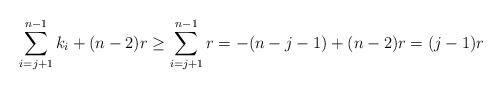
LaTeX: \begin{align*}\sum\limits_{i =j+1}^{n-1} k_i + (n-2)r \geq \sum\limits_{i =j +1}^{n-1} r = -(n-j-1) + (n-2)r = (j-1)r\end{align*}